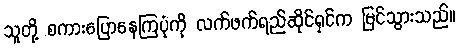
သူတို့ စကားပြောနေကြပုံကို လက်ဖက်ရည်ဆိုင်ရှင်က မြင်သွားသည်။